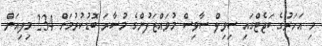
މި އަހަރުގެ ބަޖެޓްގައި ސިވިލް ސާވިސް މުވައްޒަފުންގެ މުސާރަ ބޮޑުކުރުމަށް 234 މިލިއަން